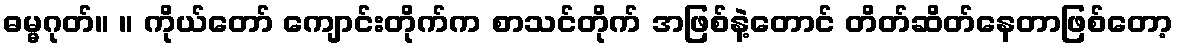
ဓမ္မဂုတ်။ ။ ကိုယ်တော် ကျောင်းတိုက်က စာသင်တိုက် အဖြစ်နဲ့တောင် တိတ်ဆိတ်နေတာဖြစ်တော့